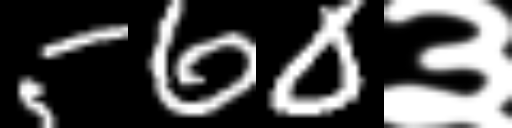
Text: 560३